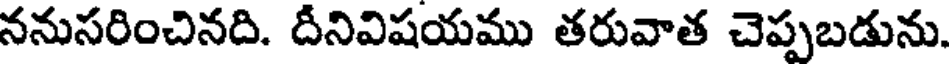
ననుసరించినది. దీనివిషయము తరువాత చెప్పబడును.